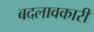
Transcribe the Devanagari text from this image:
बदलावकारी